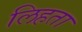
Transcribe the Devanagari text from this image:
लिहता